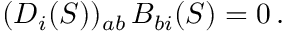
( D _ { i } ( S ) ) _ { a b } \, B _ { b i } ( S ) = 0 \, .